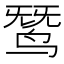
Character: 𬸓